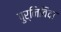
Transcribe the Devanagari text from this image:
पुर्निविदा